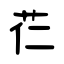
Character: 芢